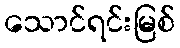
သောင်ရင်းမြစ်